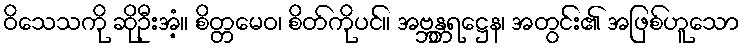
ဝိသေသကို ဆိုဦးအံ့။ စိတ္တမေဝ၊ စိတ်ကိုပင်။ အဗ္ဘန္တရဋ္ဌေန၊ အတွင်း၏ အဖြစ်ဟူသော